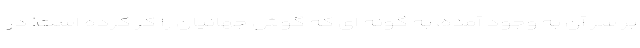
بر سر آن به وجود آمده، به گونه ای که گوش جهانیان را کر کرده است! در